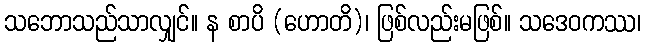
သဘောသည်သာလျှင်။ န စာပိ (ဟောတိ)၊ ဖြစ်လည်းမဖြစ်။ သဒေဝကဿ၊